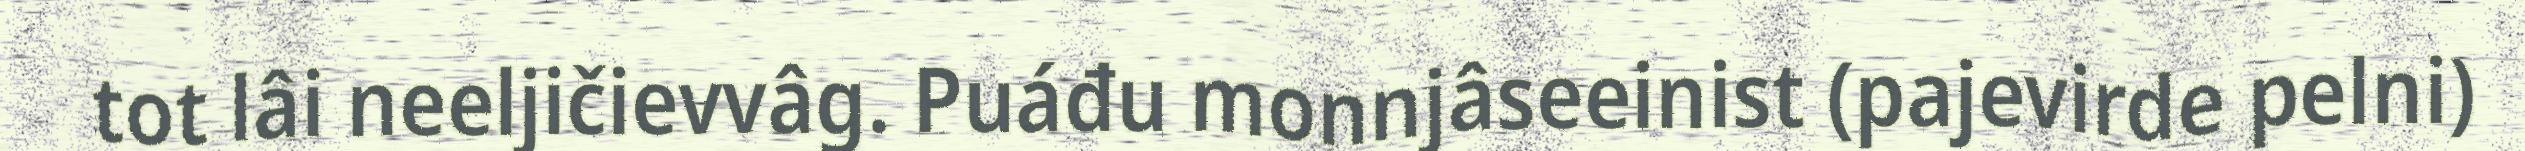
tot lâi neeljičievvâg. Puáđu monnjâseeinist (pajevirde pelni)